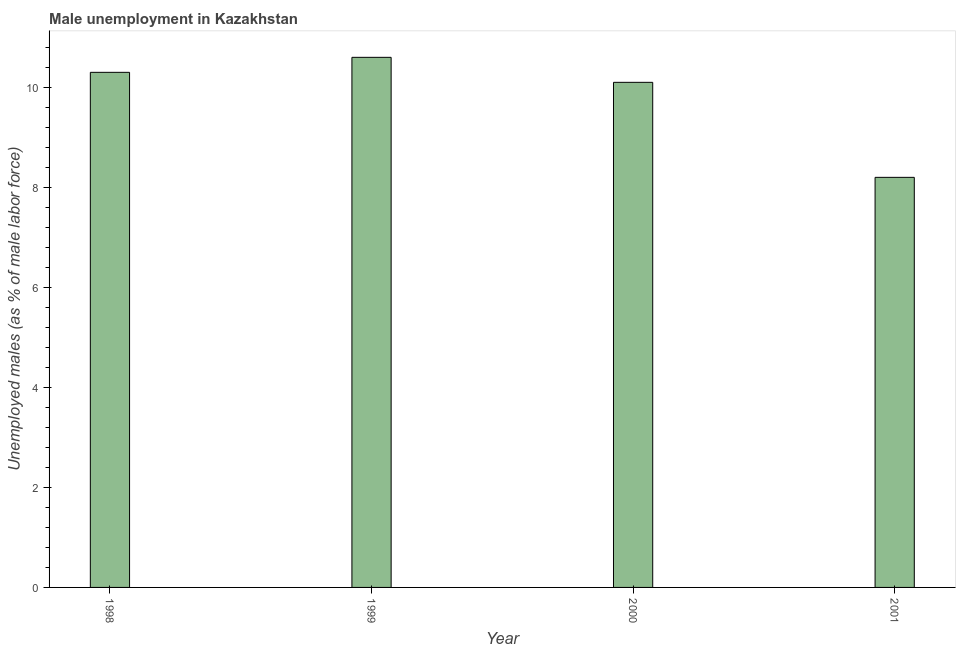
| Year | Unemployment |
 | --- | --- |
 | 1998 | 10.3 |
 | 1999 | 10.6 |
 | 2000 | 10.1 |
 | 2001 | 8.2 |